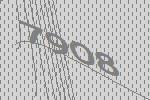
7908